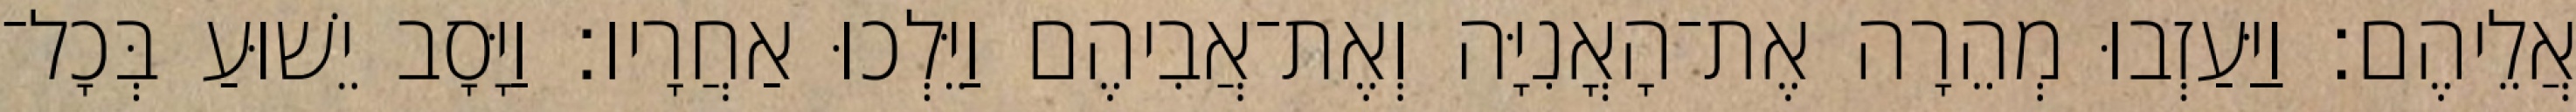
אֲלֵיהֶם׃ וַיַּעַזְבוּ מְהֵרָה אֶת־הָאֳנִיָּה וְאֶת־אֲבִיהֶם וַיֵּלְכוּ אַחֲרָיו׃ וַיָּסָב יֵשׁוּעַ בְּכָל־